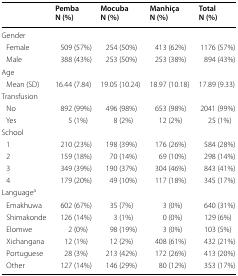
<table><thead><tr><td></td><td><b>PembaN (%)</b></td><td><b>MocubaN (%)</b></td><td><b>ManhiçaN (%)</b></td><td><b>TotalN (%)</b></td></tr></thead><tbody><tr><td colspan="5">Gender</td></tr><tr><td> Female</td><td>509 (57%)</td><td>254 (50%)</td><td>413 (62%)</td><td>1176 (57%)</td></tr><tr><td> Male</td><td>388 (43%)</td><td>253 (50%)</td><td>253 (38%)</td><td>894 (43%)</td></tr><tr><td colspan="5">Age</td></tr><tr><td> Mean (SD)</td><td>16.44 (7.84)</td><td>19.05 (10.24)</td><td>18.97 (10.18)</td><td>17.89 (9.33)</td></tr><tr><td colspan="5">Transfusion</td></tr><tr><td> No</td><td>892 (99%)</td><td>496 (98%)</td><td>653 (98%)</td><td>2041 (99%)</td></tr><tr><td> Yes</td><td>5 (1%)</td><td>8 (2%)</td><td>12 (2%)</td><td>25 (1%)</td></tr><tr><td colspan="5">School</td></tr><tr><td> 1</td><td>210 (23%)</td><td>198 (39%)</td><td>176 (26%)</td><td>584 (28%)</td></tr><tr><td> 2</td><td>159 (18%)</td><td>70 (14%)</td><td>69 (10%)</td><td>298 (14%)</td></tr><tr><td> 3</td><td>349 (39%)</td><td>190 (37%)</td><td>304 (46%)</td><td>843 (41%)</td></tr><tr><td> 4</td><td>179 (20%)</td><td>49 (10%)</td><td>117 (18%)</td><td>345 (17%)</td></tr><tr><td colspan="5">Language<sup>a</sup></td></tr><tr><td> Emakhuwa</td><td>602 (67%)</td><td>35 (7%)</td><td>3 (0%)</td><td>640 (31%)</td></tr><tr><td> Shimakonde</td><td>126 (14%)</td><td>3 (1%)</td><td>0 (0%)</td><td>129 (6%)</td></tr><tr><td> Elomwe</td><td>2 (0%)</td><td>98 (19%)</td><td>3 (0%)</td><td>103 (5%)</td></tr><tr><td> Xichangana</td><td>12 (1%)</td><td>12 (2%)</td><td>408 (61%)</td><td>432 (21%)</td></tr><tr><td> Portuguese</td><td>28 (3%)</td><td>213 (42%)</td><td>172 (26%)</td><td>413 (20%)</td></tr><tr><td> Other</td><td>127 (14%)</td><td>146 (29%)</td><td>80 (12%)</td><td>353 (17%)</td></tr></tbody></table>